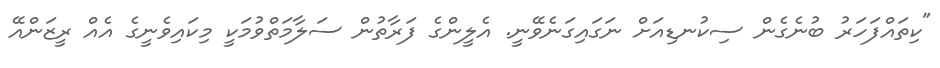
"ކިތައްފަހަރު ބުނެގެން ސިކުނޑިއަށް ނަގައިގަނެވޭނީ. އެލީންގެ ފަރާތުން ސަލާމަތްވުމަކީ މިކައިވެނީގެ އެއް ރީޒަންއޭ